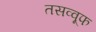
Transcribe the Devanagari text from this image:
तसव्वूफ